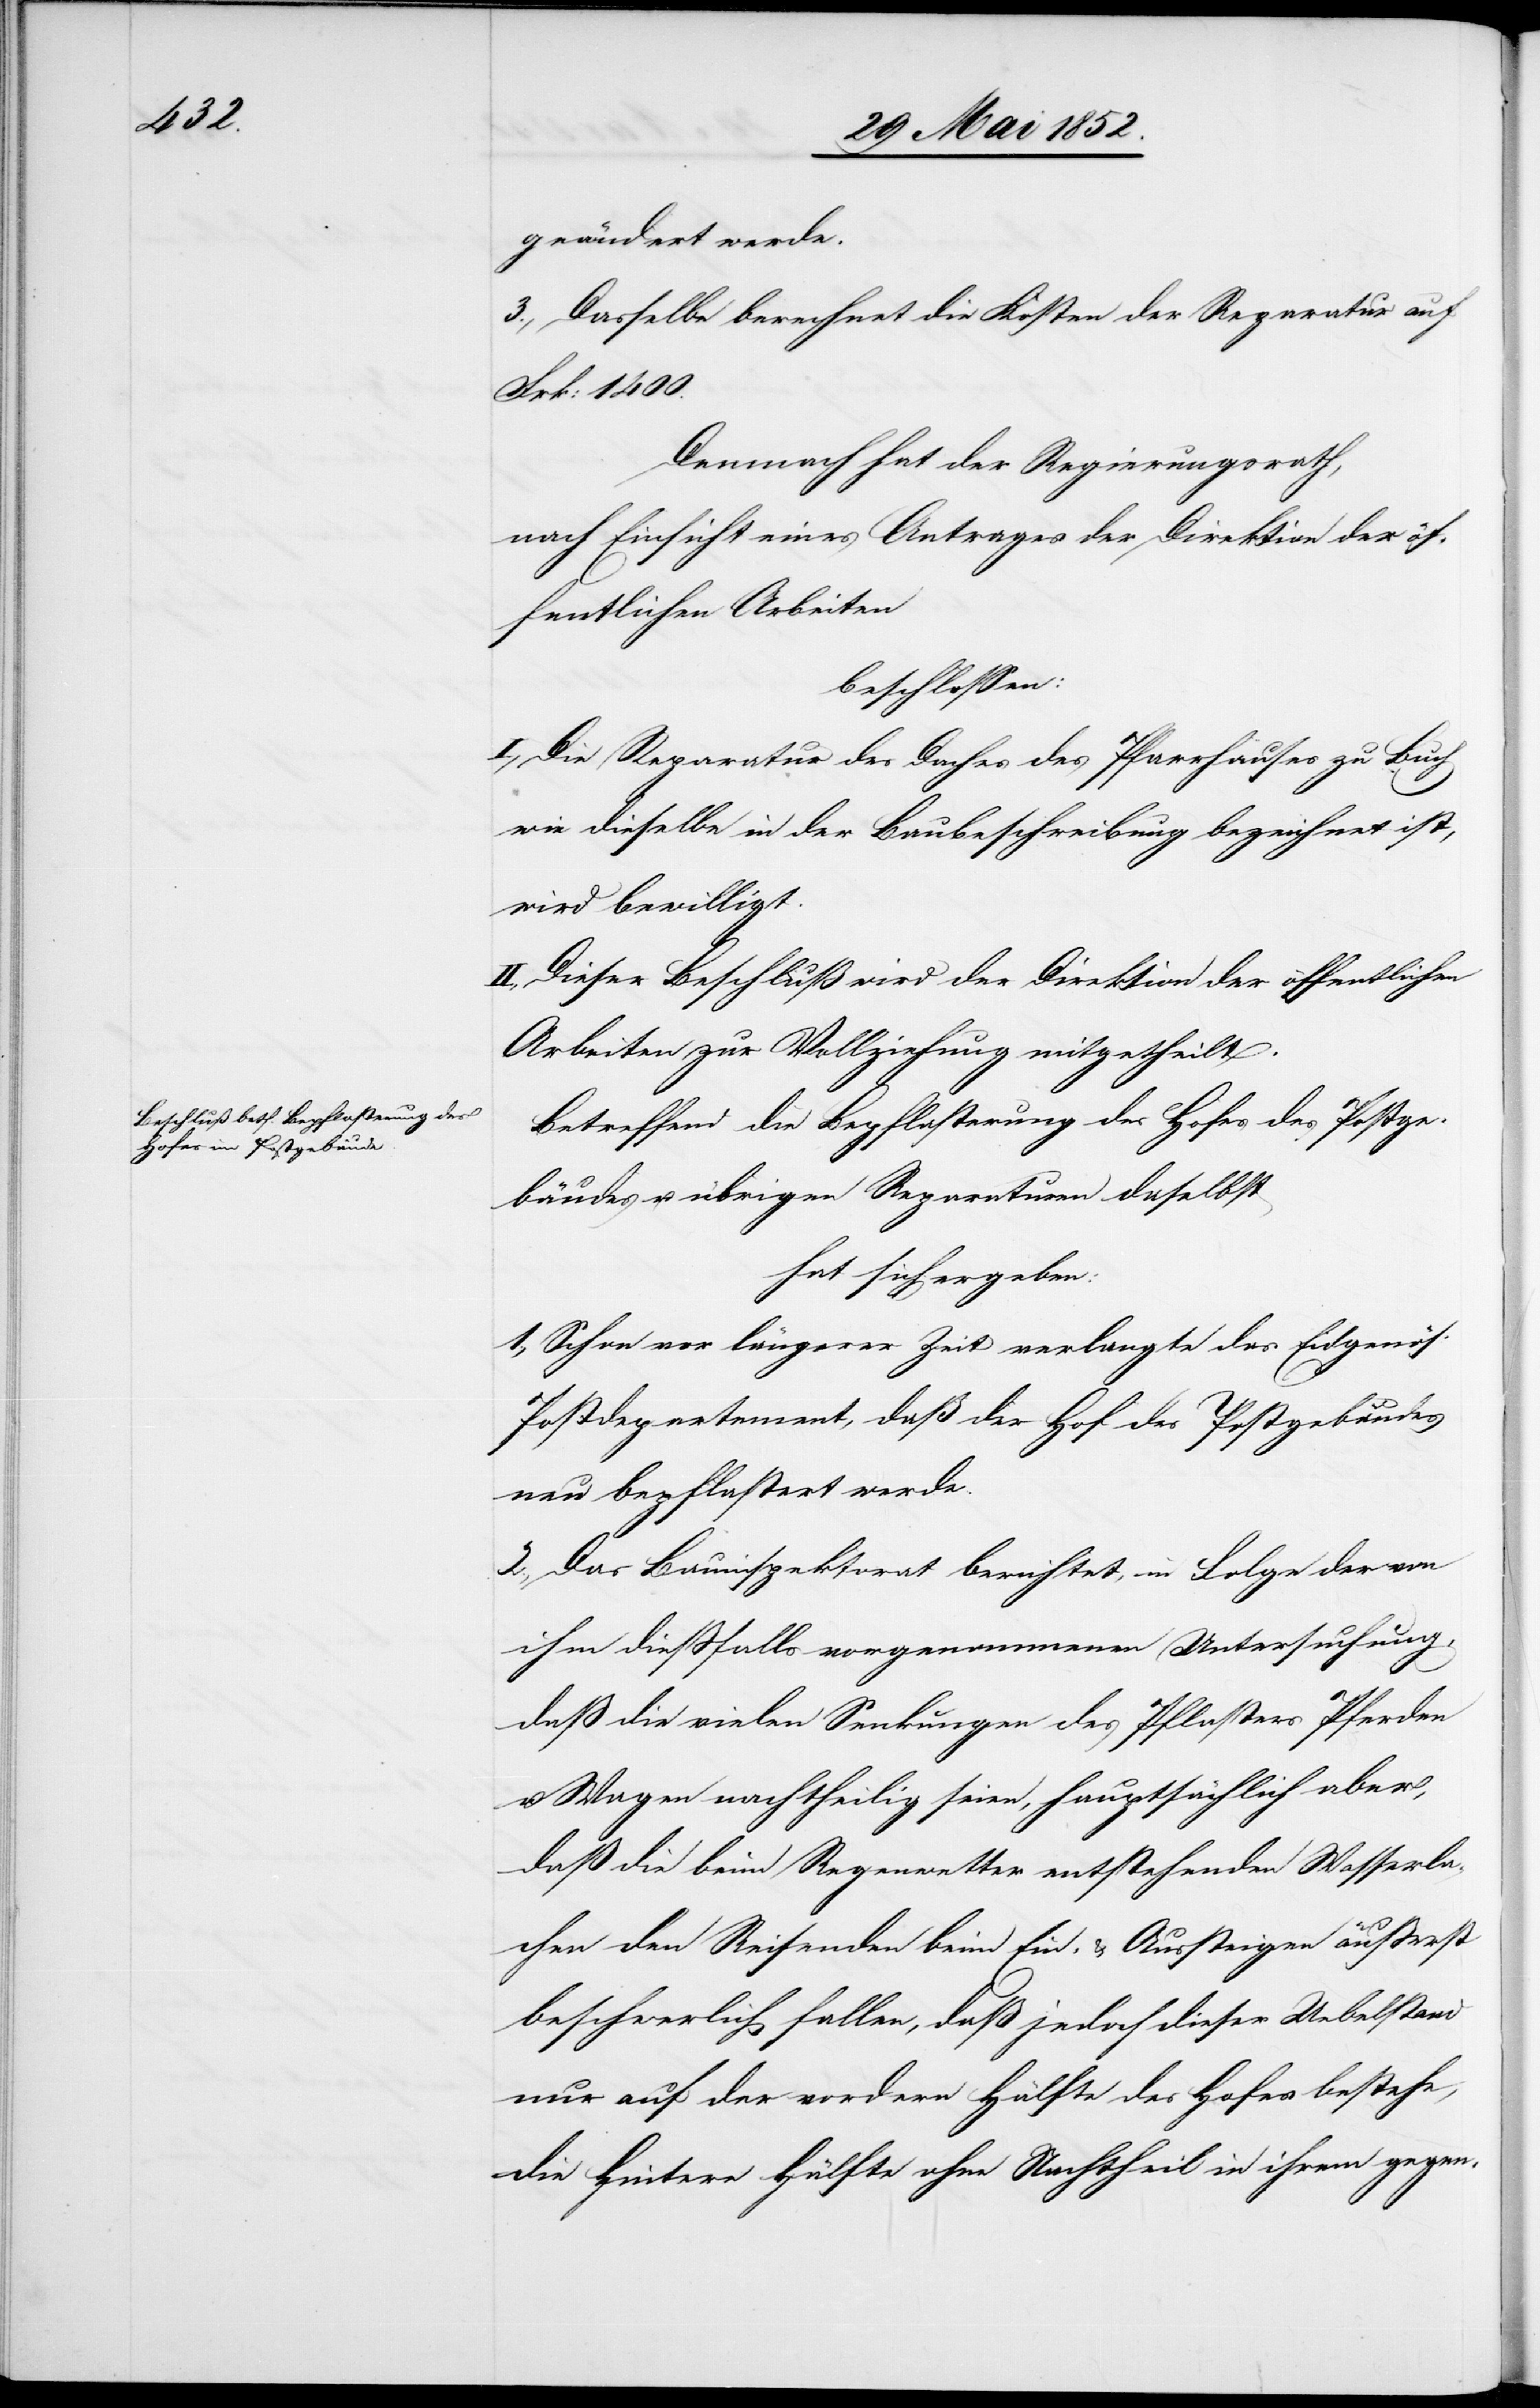
geändert werde.
3., Dasselbe berechnet die Kosten der Reparatur auf
Frk: 1400.
Demnach hat der Regierungsrath,
nach Einsicht eines Antrages der Direktion der öf¬
fentlichen Arbeiten
beschlossen:
I., Die Reparatur des Daches des Pfarrhauses zu Buch
wie dieselbe in der Baubeschreibung bezeichnet ist,
wird bewilligt.
II., Dieser Beschluß wird der Direktion der öffentlichen
Arbeiten zur Vollziehung mitgetheilt.
Betreffend die Bepflasterung des Hofes des Postge¬
bäudes u. übrigen Reparaturen daselbst
hat sich ergeben:
1., Schon vor längerer Zeit verlangte das Eidgenös.
Postdepartement, daß der Hof des Postgebäudes
neu bepflastert werde.
2., Das Bauinspektorat berichtet, in Folge der von
ihm diessfalls vorgenommenen Untersuchung,
daß die vielen Senkungen des Pflasters Pferden
u. Wagen nachtheilig seien, hauptsächlich aber,
daß die beim Regenwetter entstehenden Wasserla¬
chen den Reisenden beim Ein- & Aussteigen äusserst
beschwerlich fallen, daß jedoch dieser Uebelstand
nur auf der vordern Hälfte des Hofes bestehe,
die Hintere Hälfte ohne Nachtheil in ihrem gegen-